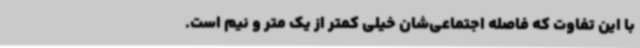
با این تفاوت که فاصله اجتماعی‌شان خیلی کمتر از یک متر و نیم است.